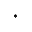
^ { * }